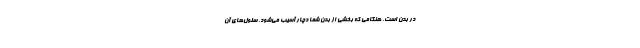
در بدن است. هنگامی که بخشی از بدن شما دچار آسیب می‌شود، سلول‌های آن